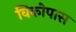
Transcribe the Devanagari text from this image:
विकोपास